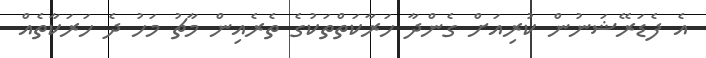
އެ ފެޑަރޭޝަނުން ކުރިއަށް ގެންދާ ހަރާކަތްތަކުގެ ތެރެއިން މާޗު މަހު ދެ ހަރަކާތެއް